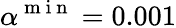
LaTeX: \alpha^{\mathrm{~m~i~n~}}=0.001